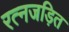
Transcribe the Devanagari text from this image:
रत्नजड़ित